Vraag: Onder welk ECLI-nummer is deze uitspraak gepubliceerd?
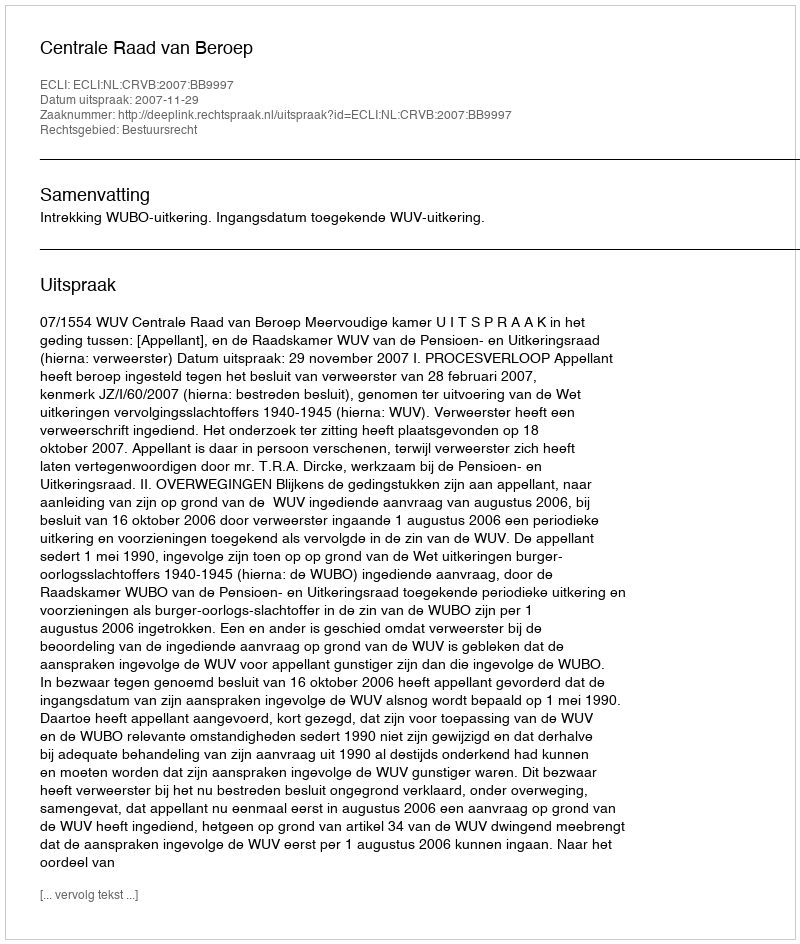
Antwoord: ECLI:NL:CRVB:2007:BB9997